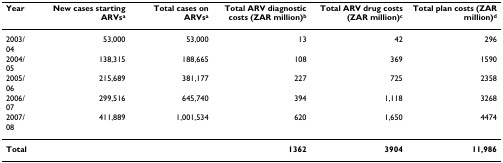
<table><thead><tr><td><b>Year</b></td><td><b>New cases starting ARVs<sup>a</sup></b></td><td><b>Total cases on ARVs<sup>a</sup></b></td><td><b>Total ARV diagnostic costs (ZAR million)<sup>b</sup></b></td><td><b>Total ARV drug costs (ZAR million)<sup>c</sup></b></td><td><b>Total plan costs (ZAR million)<sup>d</sup></b></td></tr></thead><tbody><tr><td>2003/04</td><td>53,000</td><td>53,000</td><td>13</td><td>42</td><td>296</td></tr><tr><td>2004/05</td><td>138,315</td><td>188,665</td><td>108</td><td>369</td><td>1590</td></tr><tr><td>2005/06</td><td>215,689</td><td>381,177</td><td>227</td><td>725</td><td>2358</td></tr><tr><td>2006/07</td><td>299,516</td><td>645,740</td><td>394</td><td>1,118</td><td>3268</td></tr><tr><td>2007/08</td><td>411,889</td><td>1,001,534</td><td>620</td><td>1,650</td><td>4474</td></tr><tr><td><b>Total</b></td><td></td><td></td><td><b>1362</b></td><td><b>3904</b></td><td><b>11,986</b></td></tr></tbody></table>